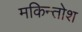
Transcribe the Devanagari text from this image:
मकिन्तोश